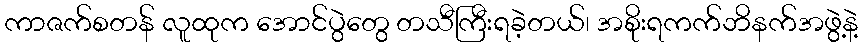
ကာဇက်စတန် လူထုက အောင်ပွဲတွေ တသီကြီးရခဲ့တယ်၊ အစိုးရကက်ဘိနက်အဖွဲ့နဲ့